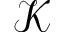
\mathcal { K }